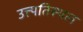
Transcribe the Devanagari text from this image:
उत्त्पतिस्थल